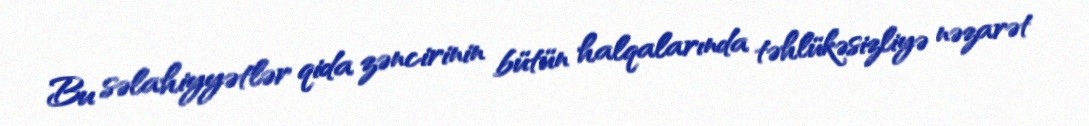
Bu səlahiyyətlər qida zəncirinin bütün halqalarında təhlükəsizliyə nəzarət